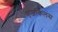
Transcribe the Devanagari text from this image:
एजकिलस